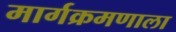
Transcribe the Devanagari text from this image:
मार्गक्रमणाला